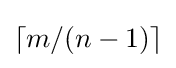
\lceil m/(n-1)\rceil